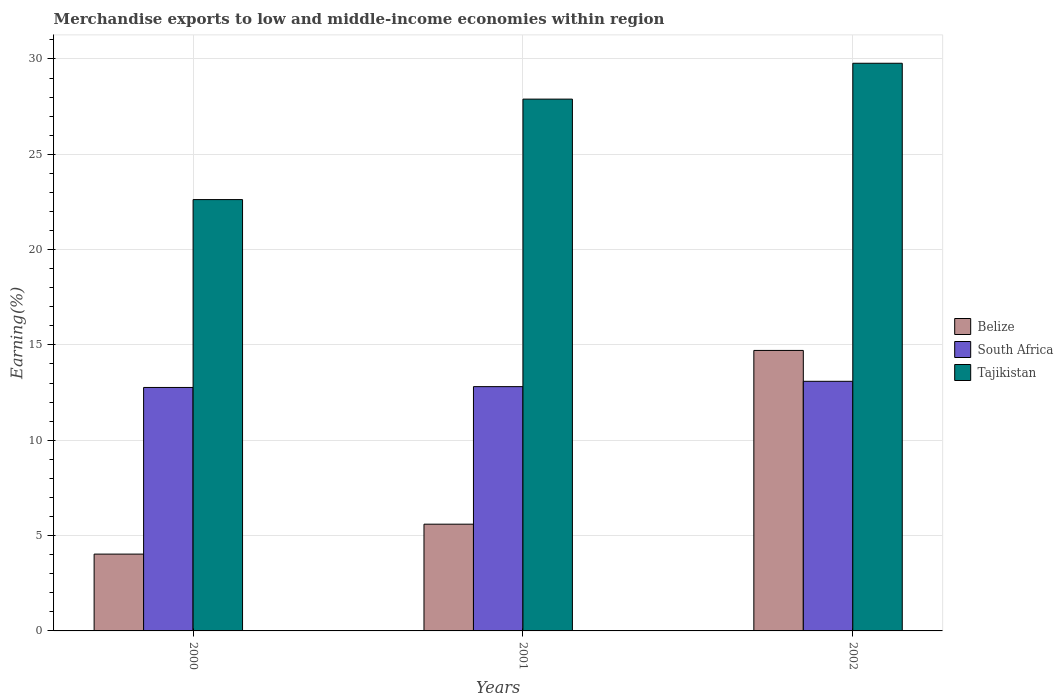
| Years | Belize | South Africa | Tajikistan |
 | --- | --- | --- | --- |
 | 2000 | 4.03 | 12.8 | 22.6 |
 | 2001 | 5.6 | 12.8 | 27.9 |
 | 2002 | 14.7 | 13.1 | 29.8 |